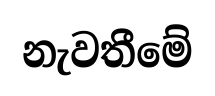
නැවතීමේ